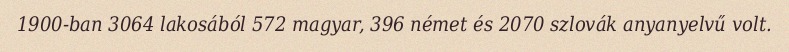
1900-ban 3064 lakosából 572 magyar, 396 német és 2070 szlovák anyanyelvű volt.